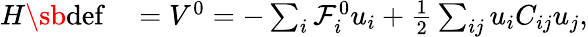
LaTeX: \begin{array}{rl}{H\sb{\textnormal{def}}}&{{}=V^{0}=-\sum_{i}\mathcal{F}_{i}^{0}u_{i}+\frac 12\sum_{ij}u_{i}C_{ij}u_{j},}\end{array}